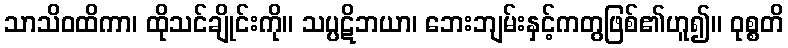
သာသိဝထိကာ၊ ထိုသင်ချိုင်းကို။ သပ္ပဋိဘယာ၊ ဘေးဘျမ်းနှင့်ကတွဖြစ်၏ဟူ၍။ ဝုစ္စတိ